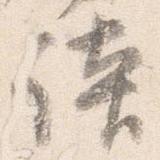
談